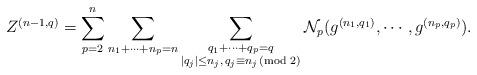
LaTeX: \begin{align*}Z^{(n-1,q)}=\sum_{p=2}^n\sum_{n_1+\cdots +n_p=n}\sum_{\substack{q_1+\cdots +q_p=q\\|q_j|\leq n_j,\,q_j\equiv n_j\!\!\!\!\!\pmod 2}}\mathcal{N}_{p}(g^{(n_1,q_1)},\cdots,g^{(n_p,q_p)}).\end{align*}